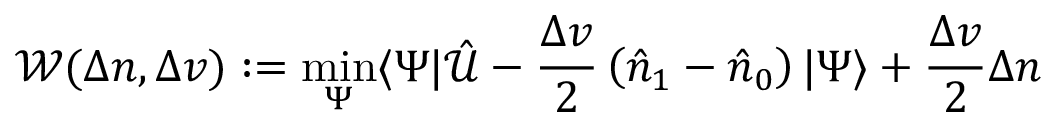
\mathcal { W } ( \Delta n , \Delta v ) : = \operatorname* { m i n } _ { \Psi } \langle \Psi | \mathcal { \hat { U } } - \frac { \Delta v } { 2 } \left( \hat { n } _ { 1 } - \hat { n } _ { 0 } \right) | \Psi \rangle + \frac { \Delta v } { 2 } \Delta n